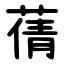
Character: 蒨